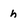
Character: h